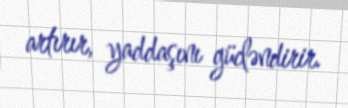
artırır, yaddaşını gücləndirir.